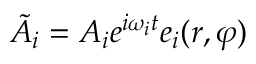
\tilde { A } _ { i } = A _ { i } e ^ { i \omega _ { i } t } e _ { i } ( r , \varphi )